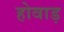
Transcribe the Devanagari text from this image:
होवाड़